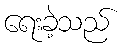
ရေးခဲ့သည်